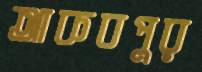
আকবপুর